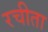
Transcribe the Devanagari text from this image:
रचीता